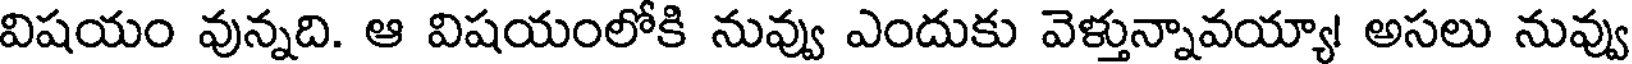
విషయం వున్నది. ఆ విషయంలోకి నువ్వు ఎందుకు వెళ్తున్నావయ్యా! అసలు నువ్వు